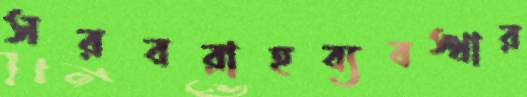
সরবরাহব্যবস্থার